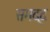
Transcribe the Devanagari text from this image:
समद्द